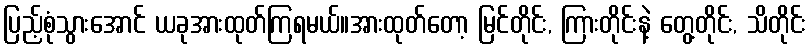
ပြည့်စုံသွားအောင် ယခုအားထုတ်ကြရမယ်။အားထုတ်တော့ မြင်တိုင်း, ကြားတိုင်းနဲ့ တွေ့တိုင်း, သိတိုင်း